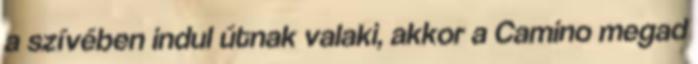
a szívében indul útnak valaki, akkor a Camino megad